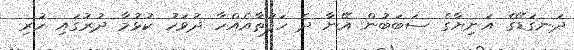
ދަނގަޑޭގެ އަނިޔާގެ ސަބަބުން އޭނާ ދެ ހަފުތާއެއްހާ ދުވަހު ކުޅުމާ ދުރުގައި ހުރި